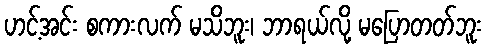
ဟင့်အင်း စကားလက် မသိဘူး၊ ဘာရယ်လို့ မပြောတတ်ဘူး